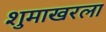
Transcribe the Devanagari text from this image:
शुमाखरला